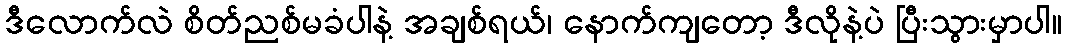
ဒီလောက်လဲ စိတ်ညစ်မခံပါနဲ့ အချစ်ရယ်၊ နောက်ကျတော့ ဒီလိုနဲ့ပဲ ပြီးသွားမှာပါ။